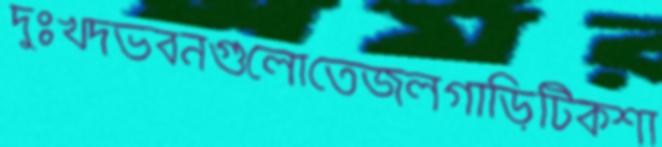
দুঃখদভবনগুলোতেজলগাড়িটিকশা